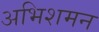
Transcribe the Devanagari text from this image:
अभिशमन